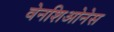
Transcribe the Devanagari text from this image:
वेनशिओनेस